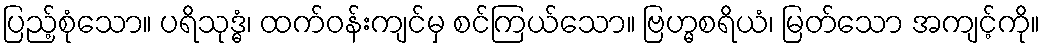
ပြည့်စုံသော။ ပရိသုဒ္ဓံ၊ ထက်ဝန်းကျင်မှ စင်ကြယ်သော။ ဗြဟ္မစရိယံ၊ မြတ်သော အကျင့်ကို။